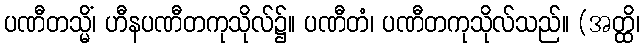
ပဏီတသ္မိံ၊ ဟီနပဏီတကုသိုလ်၌။ ပဏီတံ၊ ပဏီတကုသိုလ်သည်။ (အတ္ထိ၊